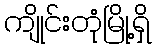
ကျိုင်းတုံမြို့ရှိ